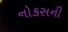
નોકસની